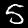
Label: 5